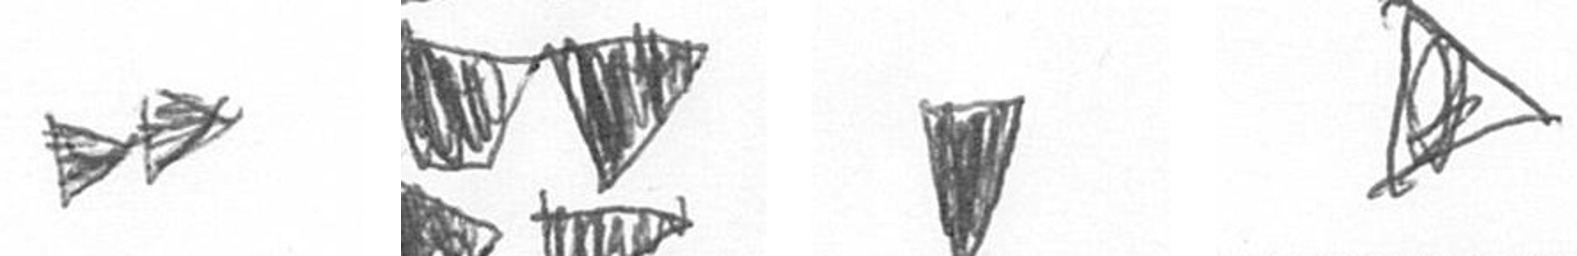
A B J O